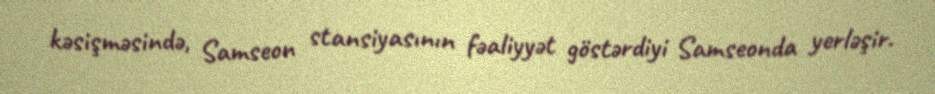
kəsişməsində, Samseon stansiyasının fəaliyyət göstərdiyi Samseonda yerləşir.